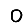
Digit: 0